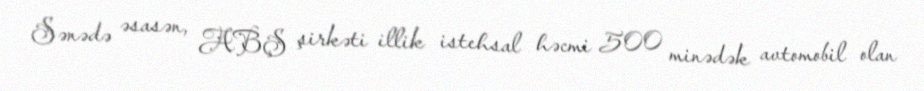
Sənədə əsasən, ABŞ şirkəti illik istehsal həcmi 500 minədək avtomobil olan